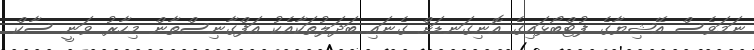
ނަމަވެސް އޭޝިޔާގެ ފުޓްބޯޅައިގެ އޮނިގަނޑަށް ގެނައި ބަދަލުތަކާއެކު އަފްގާނިސްތާން މިހާރު ވަނީ ސާކް